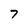
Character: 7